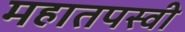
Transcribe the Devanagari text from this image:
महातपस्वी